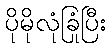
ပိုမိုလုံခြုံပြီး